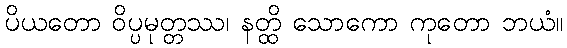
ပိယတော ဝိပ္ပမုတ္တဿ၊ နတ္ထိ သောကော ကုတော ဘယံ။